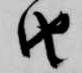
由